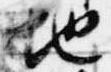
地